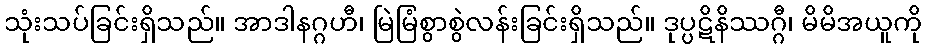
သုံးသပ်ခြင်းရှိသည်။ အာဒါနဂ္ဂဟီ၊ မြဲမြံစွာစွဲလန်းခြင်းရှိသည်။ ဒုပ္ပဋိနိဿဂ္ဂီ၊ မိမိအယူကို